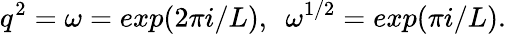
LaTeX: q^{2}=\omega=exp(2\pi i/L),~~\omega^{1/2}=exp(\pi i/L).